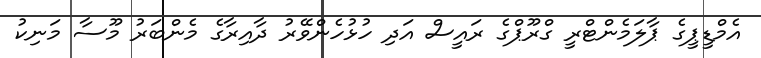
އެމްޑީޕީގެ ޕާލަމެންޓްރީ ގްރޫޕްގެ ރައީސް އަދި ހުޅުހެންވޭރު ދާއިރާގެ މެންބަރު މޫސާ މަނިކު